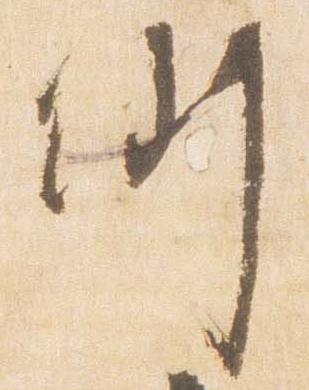
例